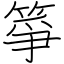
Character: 箏